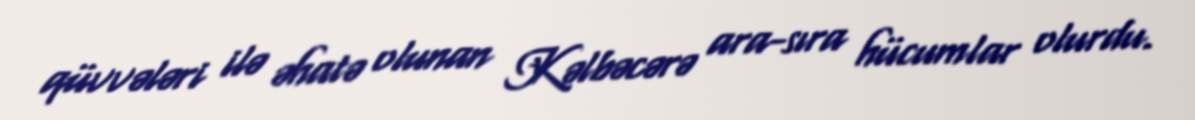
qüvvələri ilə əhatə olunan Kəlbəcərə ara-sıra hücumlar olurdu.